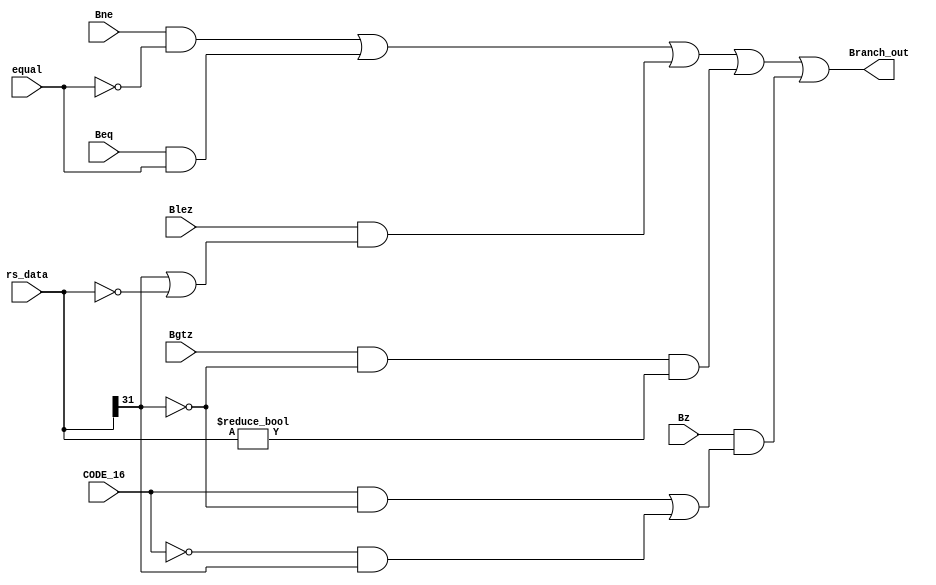
`timescale 1ns / 1ps
//BNEBEQBLEZBGTZBZ6branchPC_data
//BZBLTZBGEZOP11620BLTZ0BGEZ1
module Branch(Bne,Beq,Blez,Bgtz,Bz,equal,CODE_16,rs_data,Branch_out);
    input Bne,Beq,Blez,Bgtz,Bz,equal,CODE_16;   //equalALUCODE_1616BLTZBGEZ
    input [31:0]rs_data;    //rs
    output Branch_out;  //
    
    assign Branch_out = (Bne&(~equal)) | (Beq&equal) | (Blez&(rs_data[31]|(rs_data==0)))
                    | (Bgtz&(~rs_data[31])&(rs_data!=0)) | (Bz&(CODE_16&(~rs_data[31]) | ~CODE_16&rs_data[31]));
endmodule